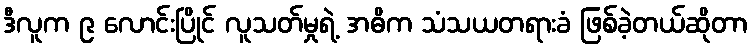
ဒီလူက ၉ လောင်းပြိုင် လူသတ်မှုရဲ့ အဓိက သံသယတရားခံ ဖြစ်ခဲ့တယ်ဆိုတာ